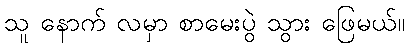
သူ နောက် လမှာ စာမေးပွဲ သွား ဖြေမယ်။